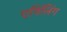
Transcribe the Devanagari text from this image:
एनिंलिंग